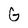
Character: G